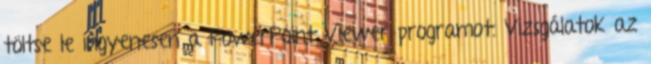
töltse le ingyenesen a PowerPoint Viewer programot. Vizsgálatok az